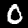
Label: 0